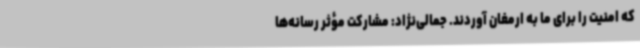
که امنیت را برای ما به ارمغان آوردند. جمالی‌نژاد: مشارکت مؤثر رسانه‌ها